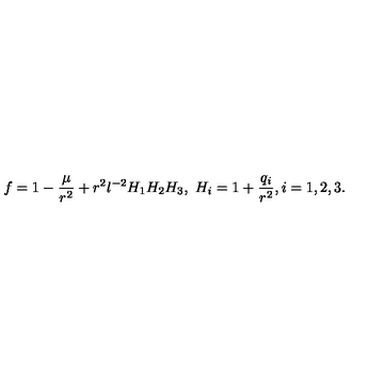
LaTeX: f = 1 - \frac { \mu } { r ^ { 2 } } + r ^ { 2 } l ^ { - 2 } H _ { 1 } H _ { 2 } H _ { 3 } , \ H _ { i } = 1 + \frac { q _ { i } } { r ^ { 2 } } , i = 1 , 2 , 3 .